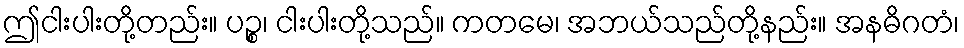
ဤငါးပါးတို့တည်း။ ပဉ္စ၊ ငါးပါးတို့သည်။ ကတမေ၊ အဘယ်သည်တို့နည်း။ အနဓိဂတံ၊